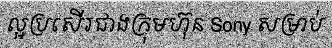
ល្អប្រសើរជាងក្រុមហ៊ុន Sony សម្រាប់